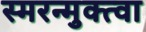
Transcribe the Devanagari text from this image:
स्मरन्मुक्त्वा